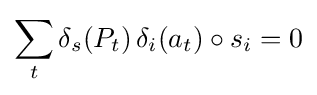
\sum _{t}\delta _{s}(P_{t})\,\delta _{i}(a_{t})\circ s_{i}=0